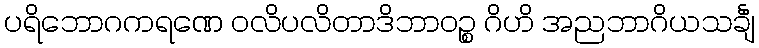
ပရိဘောဂကရဏေ ဝလိပလိတာဒိဘာဝဉ္စ ဂိဟိ အညဘာဂိယသင်္ချံ